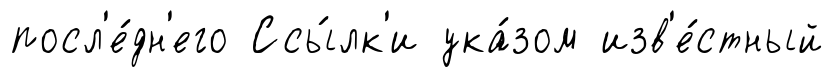
посл'е́дн'его Ссы́лк'и ука́зом изв'е́стный